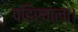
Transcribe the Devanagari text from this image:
पहिएवाला।